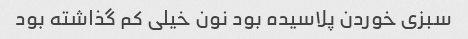
سبزی خوردن پلاسیده بود نون خیلی کم گذاشته بود